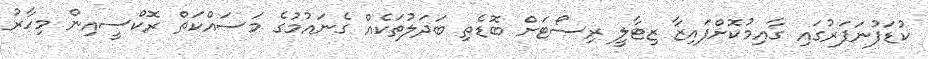
ކުޑަފުނަފަރުގައި ގާއިމުކޮށްފައިޒާ ޒިޓާލީ ރިސޯޓަށް ބޮޑެތި ބަދަލުތަކެއް ގެނައުމުގެ މަސައްކަތް ރޮކްސީއިން މިހާރު